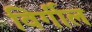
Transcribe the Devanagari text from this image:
विर्गील